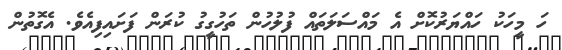
ހަ މީހަކު ހައްޔަރުކޮށް އެ މައްސަލަތައް ފުލުހުން ތަހުގީގު ކުރަން ފަށައިފިއެވެ. އެގޮތުން